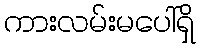
ကားလမ်းမပေါ်ရှိ